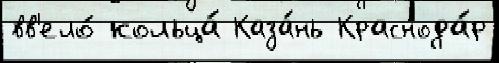
вв'ело́ кольца́ Каза́нь Краснода́р